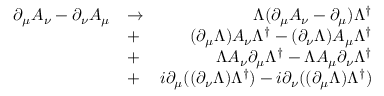
\begin{array} { r l r } { \partial _ { \mu } A _ { \nu } - \partial _ { \nu } A _ { \mu } } & { \to } & { \Lambda ( \partial _ { \mu } A _ { \nu } - \partial _ { \mu } ) \Lambda ^ { \dagger } } \\ & { + } & { ( \partial _ { \mu } \Lambda ) A _ { \nu } \Lambda ^ { \dagger } - ( \partial _ { \nu } \Lambda ) A _ { \mu } \Lambda ^ { \dagger } } \\ & { + } & { \Lambda A _ { \nu } \partial _ { \mu } \Lambda ^ { \dagger } - \Lambda A _ { \mu } \partial _ { \nu } \Lambda ^ { \dagger } } \\ & { + } & { i \partial _ { \mu } ( ( \partial _ { \nu } \Lambda ) \Lambda ^ { \dagger } ) - i \partial _ { \nu } ( ( \partial _ { \mu } \Lambda ) \Lambda ^ { \dagger } ) } \end{array}